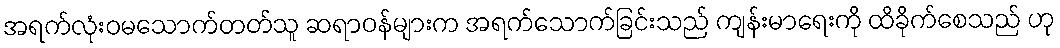
အရက်လုံးဝမသောက်တတ်သူ ဆရာဝန်များက အရက်သောက်ခြင်းသည် ကျန်းမာရေးကို ထိခိုက်စေသည် ဟု